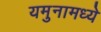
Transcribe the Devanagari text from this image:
यमुनामध्ये